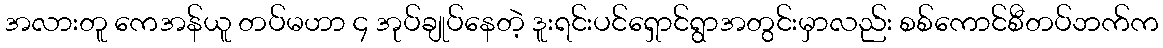
အလားတူ ကေအန်ယူ တပ်မဟာ ၄ အုပ်ချုပ်နေတဲ့ ဒူးရင်းပင်ရှောင်ရွာအတွင်းမှာလည်း စစ်ကောင်စီတပ်ဘက်က